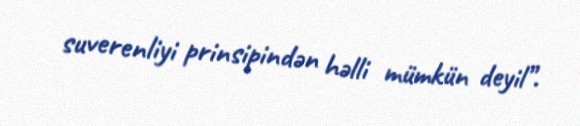
suverenliyi prinsipindən həlli mümkün deyil”.